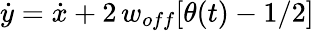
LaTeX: \dot{y}=\dot{x}+2\, w_{off}[\theta(t)-1/2]